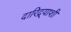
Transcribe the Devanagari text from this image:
दारिद्र्‍याशी